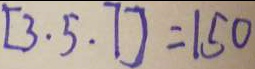
[ 3 . 5 . 7 ] = 1 5 0